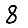
Digit: 8